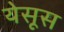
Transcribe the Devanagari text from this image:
येसूस